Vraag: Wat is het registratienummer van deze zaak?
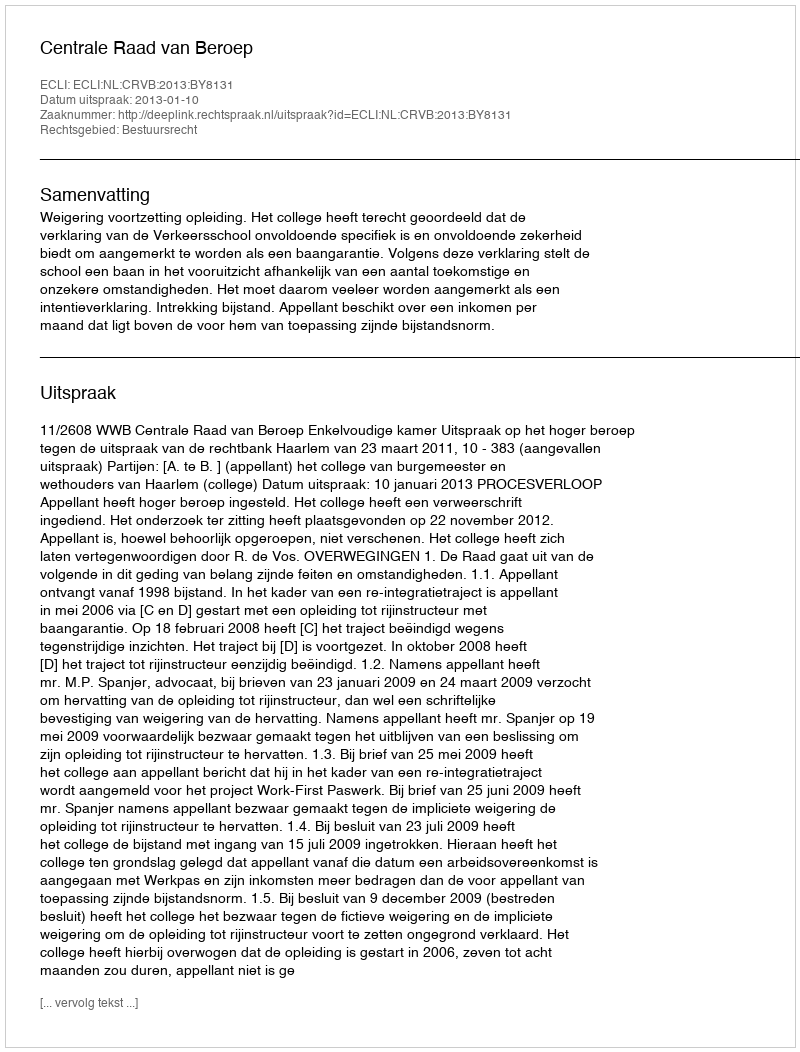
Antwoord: http://deeplink.rechtspraak.nl/uitspraak?id=ECLI:NL:CRVB:2013:BY8131